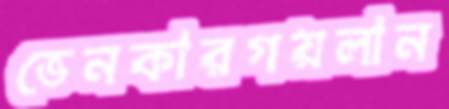
ভেনকারগয়লান